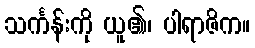
သင်္ကန်းကို ယူ၏၊ ပါရာဇိက။